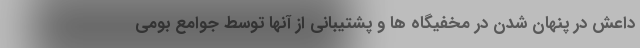
داعش در پنهان شدن در مخفیگاه ها و پشتیبانی از آنها توسط جوامع بومی